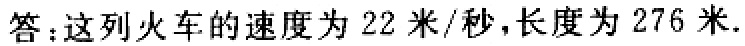
答：这列火车的速度为 \(22\) 米/秒，长度为 \(276\) 米.